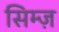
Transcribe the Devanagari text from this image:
सिम्ज़